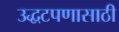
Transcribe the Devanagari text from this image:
उद्धटपणासाठी